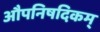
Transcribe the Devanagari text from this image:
औपनिषदिकम्